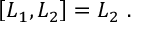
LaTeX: \left[ L _ { 1 } , L _ { 2 } \right] = L _ { 2 } \ .